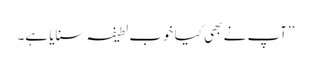
’’آپ نے بھی کیا خوب لطیفہ سنایا ہے۔